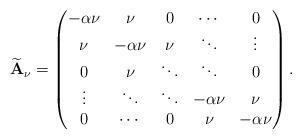
LaTeX: \begin{align*}\widetilde{\mathbf{A}}_\nu=\begin{pmatrix}-\alpha\nu & \nu & 0 & \cdots & 0 \\\nu & -\alpha\nu & \nu & \ddots & \vdots\\ 0 & \nu & \ddots & \ddots & 0 \\\vdots & \ddots & \ddots & -\alpha\nu & \nu\\0 & \cdots & 0 & \nu & -\alpha\nu\end{pmatrix}.\end{align*}